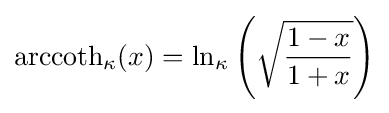
{\rm {arccoth}}_{\kappa }(x)=\ln _{\kappa }\left({\sqrt {\frac {1-x}{1+x}}}\right)